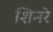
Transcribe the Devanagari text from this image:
शिनरे